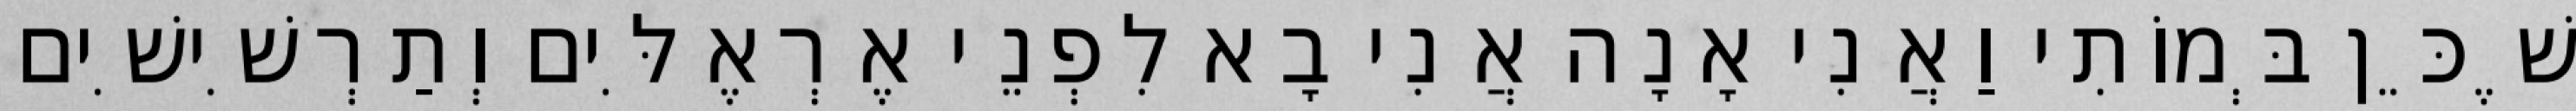
שֶׁכֵּן בְּמוֹתִי וַאֲנִי אָנָה אֲנִי בָא לִפְנֵי אֶרְאֶלִּים וְתַרְשִׁישִׁים